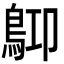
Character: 𪀃